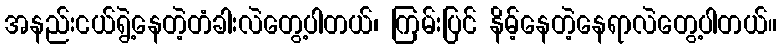
အနည်းငယ်ရွဲ့နေတဲ့တံခါးလဲတွေ့ပါတယ်၊ ကြမ်းပြင် နိမ့်နေတဲ့နေရာလဲတွေ့ပါတယ်။